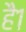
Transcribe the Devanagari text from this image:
है१